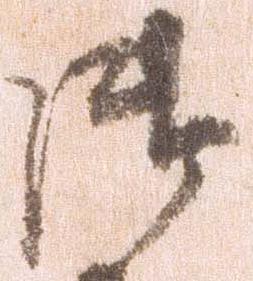
御